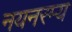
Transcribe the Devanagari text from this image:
नयनरम्‍य